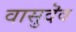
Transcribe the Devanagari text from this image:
वासुदॆव